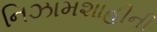
નિઝામશાહીની